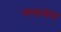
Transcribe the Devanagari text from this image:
मात्रामेरु